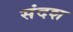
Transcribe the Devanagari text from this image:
संदश